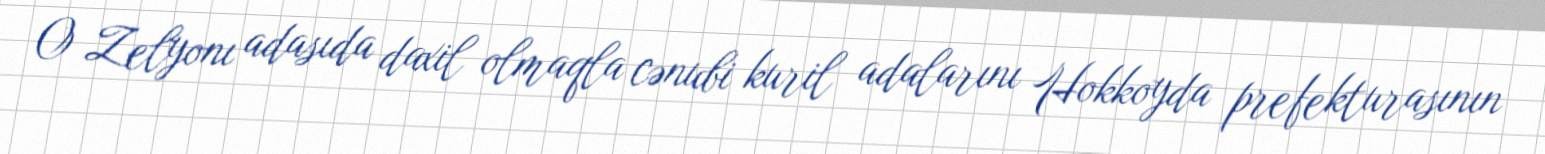
O Zelyonı adasıda daxil olmaqla cənubi kuril adalarını Hokkoyda prefekturasının